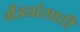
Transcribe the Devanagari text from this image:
गेंड्यांसाठी